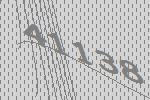
41138